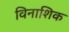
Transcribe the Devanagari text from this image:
विनाशिक